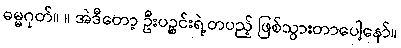
ဓမ္မဂုတ်။ ။ အဲဒီတော့ ဦးပဉ္စင်းရဲ့တပည့် ဖြစ်သွားတာပေါ့နော်။